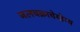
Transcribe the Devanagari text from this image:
जलचक्राचेयोग्य